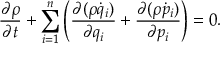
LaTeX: { \frac { \partial \rho } { \partial t } } + \sum _ { i = 1 } ^ { n } \left( { \frac { \partial ( \rho { \dot { q } } _ { i } ) } { \partial q _ { i } } } + { \frac { \partial ( \rho { \dot { p } } _ { i } ) } { \partial p _ { i } } } \right) = 0 .